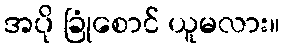
အပို ခြုံစောင် ယူမလား။